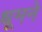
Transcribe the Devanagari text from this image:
धूमने